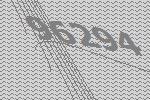
96294